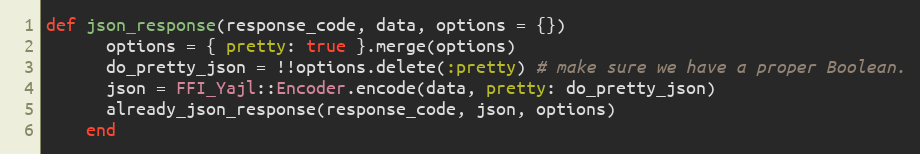
Language: Ruby
def json_response(response_code, data, options = {})
      options = { pretty: true }.merge(options)
      do_pretty_json = !!options.delete(:pretty) # make sure we have a proper Boolean.
      json = FFI_Yajl::Encoder.encode(data, pretty: do_pretty_json)
      already_json_response(response_code, json, options)
    end